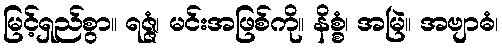
မြင့်ရှည်စွာ။ ရဇ္ဇံ၊ မင်းအဖြစ်ကို။ နိစ္စံ၊ အမြဲ။ အဗျာဓံ၊